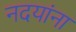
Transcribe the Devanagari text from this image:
नदयांना